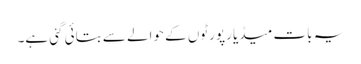
یہ بات میڈیا رپورٹوں کے حوالے سے بتائی گئی ہے۔